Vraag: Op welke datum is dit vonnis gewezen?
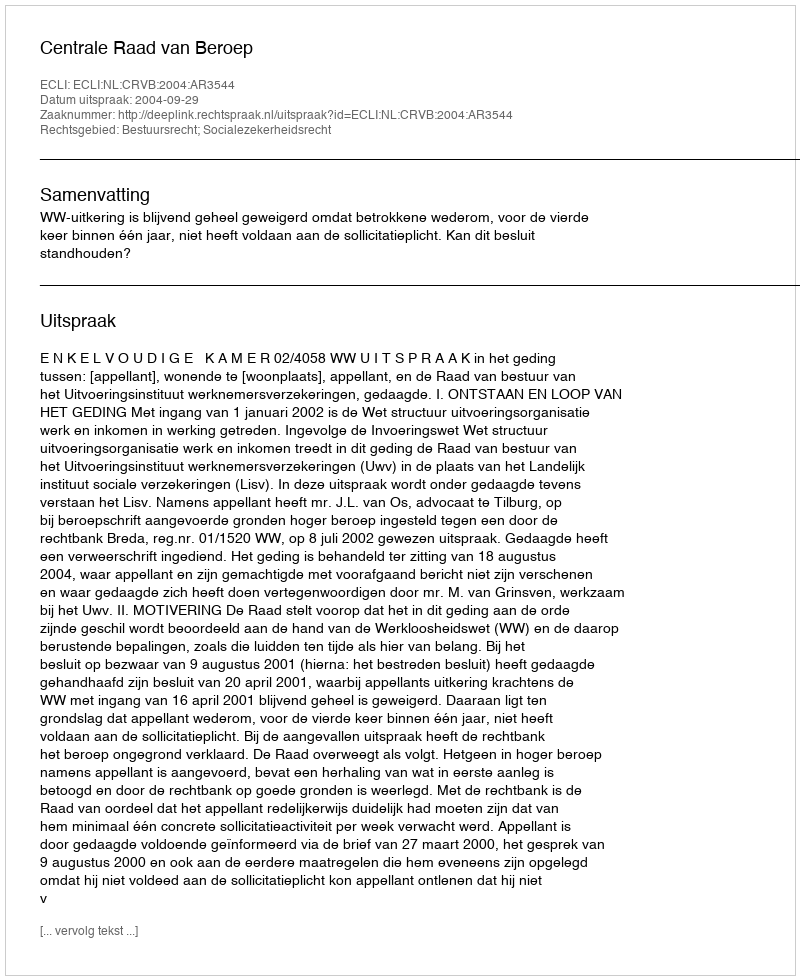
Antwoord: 2004-09-29